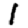
Digit: 1